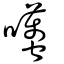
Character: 囆